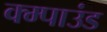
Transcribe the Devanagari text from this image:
क्म्पाउंड